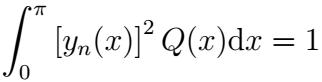
\[
\int_{0}^{\pi} [y_{n}(x)]^{2} Q(x)\mathrm{d}x = 1
\]